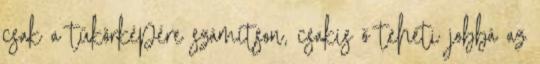
csak a tükörképére számítson, csakis ő teheti jobbá az